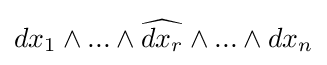
dx_{1}\wedge ...\wedge {\widehat {dx_{r}}}\wedge ...\wedge dx_{n}